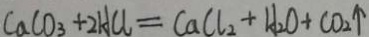
C a C O _ { 3 } + 2 H C l = C a C l _ { 2 } + H _ { 2 } O + C O _ { 2 } \uparrow